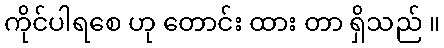
ကိုင်ပါရစေ ဟု တောင်း ထား တာ ရှိသည် ။